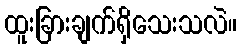
ထူးခြားချက်ရှိသေးသလဲ။